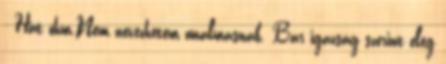
- Hát öhm.Nem nevezhetem unalmasnak. Bár igazság szerint elég